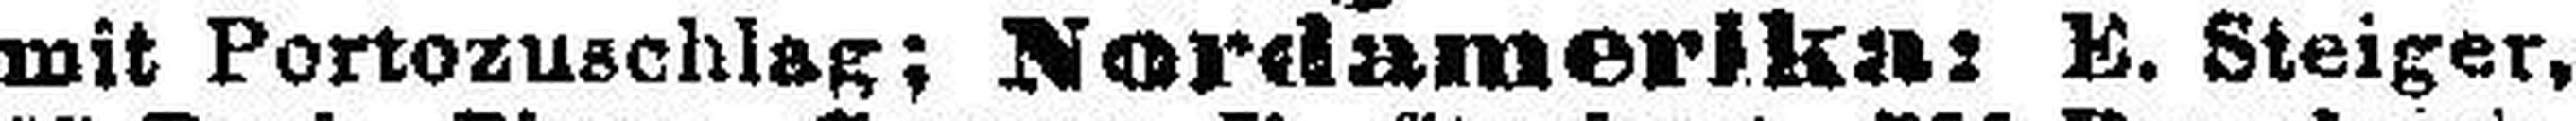
mit Portozuschlag; Nordamerika: E. Steiger,